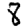
Digit: 8